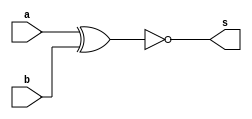
// Giselle caroline Vieira
// Matricula; 424649

module exercicioXOR (s,a,b);

output s;
input a,b;

assign s = ~(a^b);
endmodule // fim XOR

module testexor;
reg a,b;
wire s;

exercicioXOR XOR1 (s,a,b);
initial begin:start

a=0;b=0;
end

initial begin:main
$display ("Exercicio 04");
$display ("Teste XOR");
$display ("~(a^b) = s\n");


#1$display ("%b ^ %b = %b\n", a,b,s);
#1 a=0; b=1; 

#1$display ("%b ^ %b = %b\n", a,b,s);
#1 a=1; b=0; 

#1$display ("%b ^ %b = %b\n", a,b,s);
#1 a=1; b=1; 

#1$display ("%b ^ %b = %b\n", a,b,s);
end
endmodule